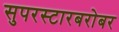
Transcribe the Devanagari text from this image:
सुपरस्टारबरोबर